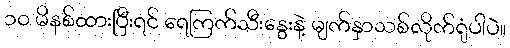
၁၀ မိနစ်ထားပြီးရင် ရေကြက်သီးနွေးနဲ့ မျက်နှာသစ်လိုက်ရုံပါပဲ။